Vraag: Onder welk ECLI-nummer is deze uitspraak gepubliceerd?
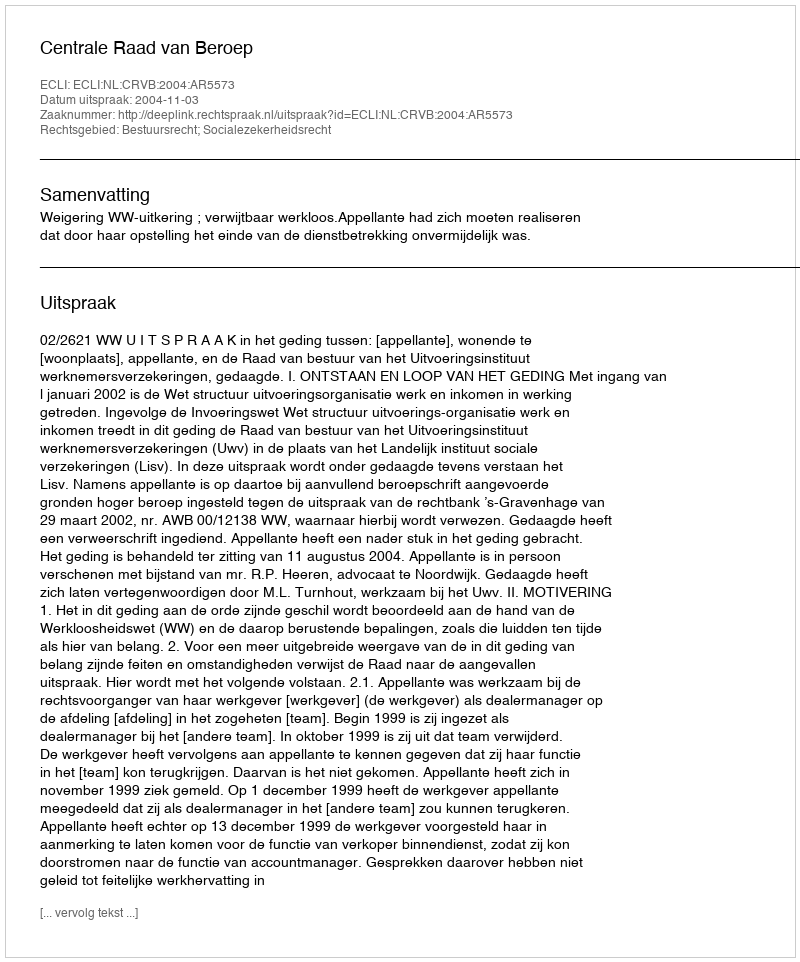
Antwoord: ECLI:NL:CRVB:2004:AR5573